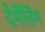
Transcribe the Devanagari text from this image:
देमेंतिंग